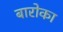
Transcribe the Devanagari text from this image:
बारोका